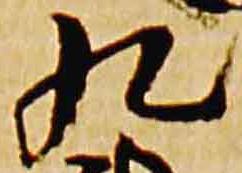
九